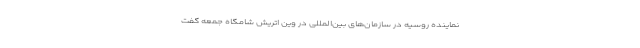
نماینده روسیه در سازمان‌های بین‌المللی در وین اتریش شامگاه جمعه گفت